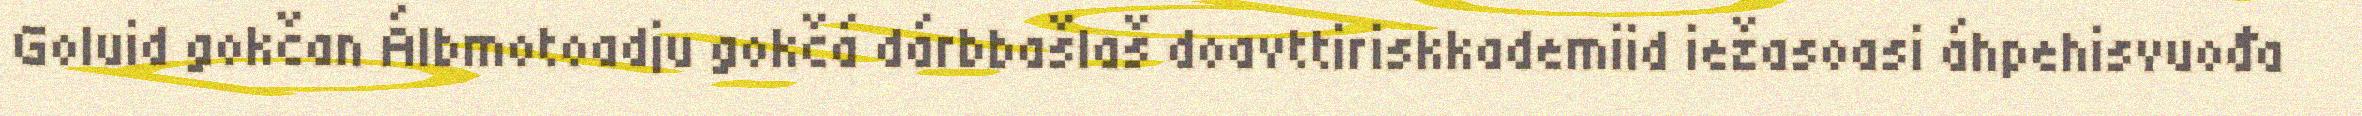
Goluid gokčan Álbmotoadju gokčá dárbbašlaš doavttiriskkademiid iežasoasi áhpehisvuođa